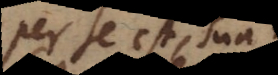
per se est, sua